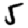
Digit: 5